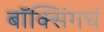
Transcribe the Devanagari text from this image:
बॉक्सिंगचं